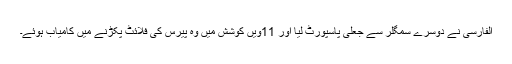
الفارسی نے دوسرے سمگلر سے جعلی پاسپورٹ لیا اور 11ویں کوشش میں وہ پیرس کی فلائٹ پکڑنے میں کامیاب ہوئے۔